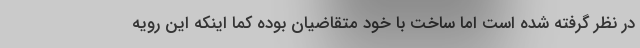
در نظر گرفته شده است اما ساخت با خود متقاضیان بوده کما اینکه این رویه